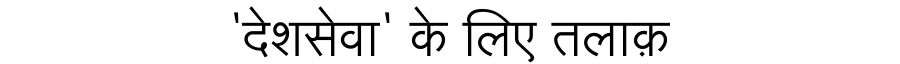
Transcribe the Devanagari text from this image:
'देशसेवा' के लिए तलाक़